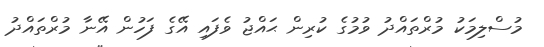
މުސްލިމަކު މުރްތައްދު ވުމުގެ ކުރިން ޙައްޖު ވެފައި އޭގެ ފަހުން އޭނާ މުރްތައްދު